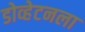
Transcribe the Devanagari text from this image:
डोव्हेटनला